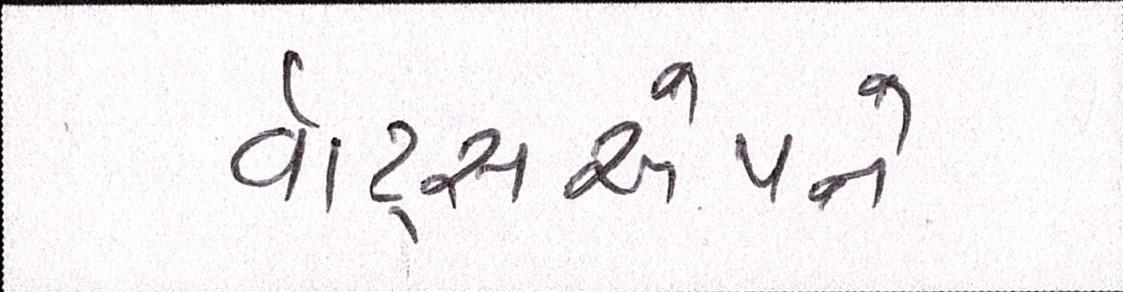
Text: વૉટ્સએપને